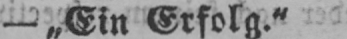
- „Ein Erfolg.“